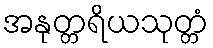
အနုတ္တရိယသုတ္တံ